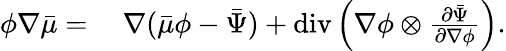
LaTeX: \begin{array}{rl}{\phi\nabla\bar{\mu}=}&{{}~\nabla(\bar{\mu}\phi-\bar{\Psi})+\mathrm{div}\left(\nabla\phi\otimes\frac{\partial\bar{\Psi}}{\partial\nabla\phi}\right).}\end{array}